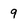
Character: 9